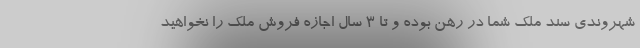
شهروندی سند ملک شما در رهن بوده و تا ۳ سال اجازه فروش ملک را نخواهید